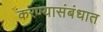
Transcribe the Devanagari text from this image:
करण्यासंबंधात